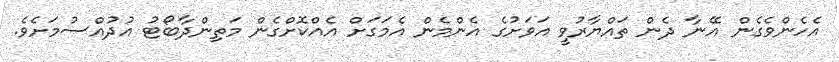
އެހެންވެގެން އޭނާ ދެން ތައްޔާރުވީ އަވަށުގެ އެންމެން އެމަގަށް އެއްކޮށްގެން މަތިންދާބޯޓު އުދުއްސުމަށެވެ.